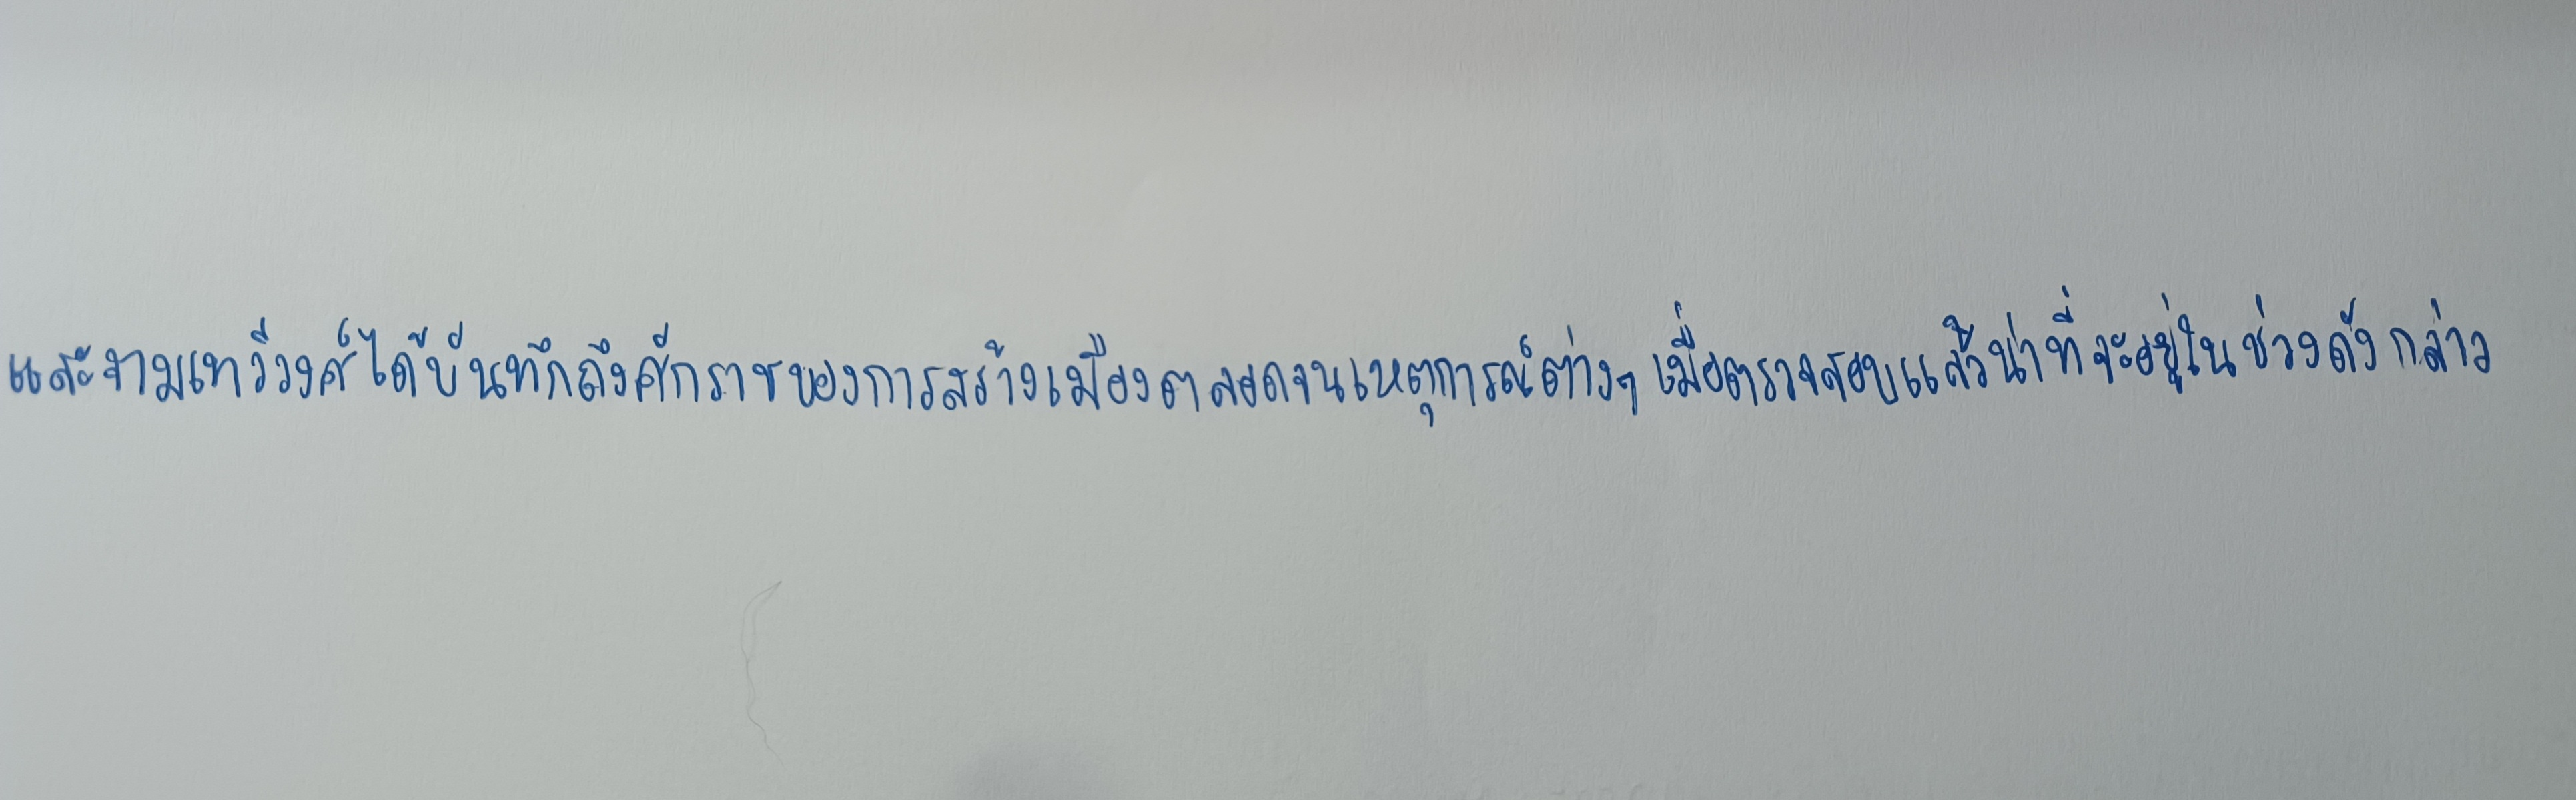
และจามเทวีวงศ์ได้บันทึกถึงศักราชของการสร้างเมืองตลอดจนเหตุการณ์ต่างๆเมื่อตรวจสอบแล้วน่าที่จะอยู่ในช่วงดังกล่าว